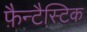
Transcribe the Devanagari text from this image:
फ़ैन्टैस्टिक